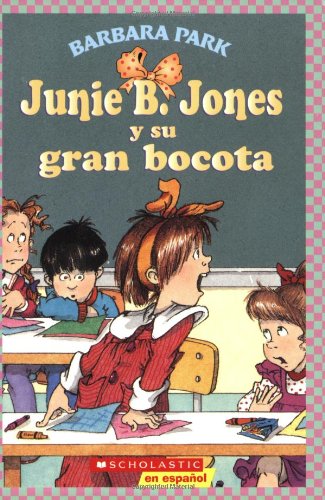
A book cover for Junie B. Jones y su gran bocota (Spanish Edition); Barbara Park; Children's Books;